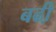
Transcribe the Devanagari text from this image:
बढी़